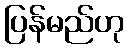
ပြန်မည်ဟု